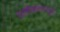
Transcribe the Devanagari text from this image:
परागीकरणामुळे